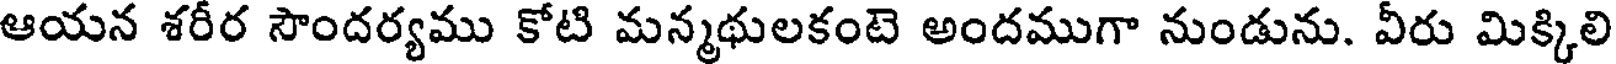
ఆయన శరీర సౌందర్యము కోటి మన్మథులకంటె అందముగా నుండును. వీరు మిక్కిలి